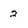
Character: 2